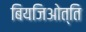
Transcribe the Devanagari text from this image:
बियजिओत्ति